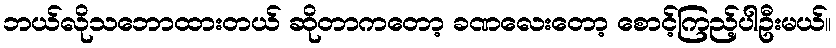
ဘယ်လိုသဘောထားတယ် ဆိုတာကတော့ ခဏလေးတော့ စောင့်ကြည့်ပါဦးမယ်။